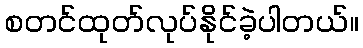
စတင်ထုတ်လုပ်နိုင်ခဲ့ပါတယ်။